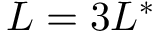
L = 3 L ^ { * }